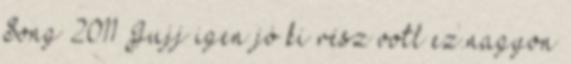
Song 2011 Jujj igen jó ki rész votl ez.nagyon